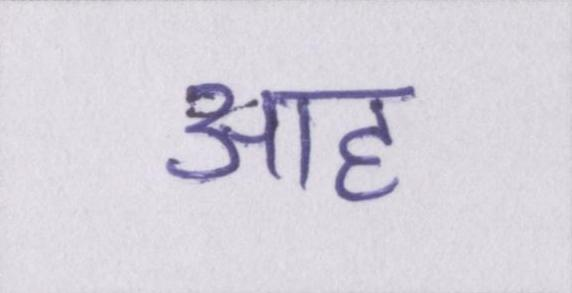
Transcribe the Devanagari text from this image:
आह